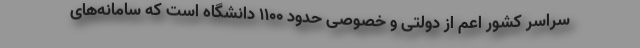
سراسر کشور اعم از دولتی و خصوصی حدود ۱۱۰۰ دانشگاه است که سامانه‌های